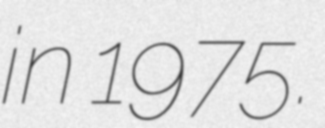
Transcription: in 1975.